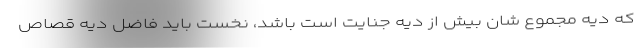
که دیه مجموع شان بیش از دیه جنایت است باشد، نخست باید فاضل دیه قصاص